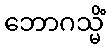
ဘောဂသ္မိံ